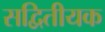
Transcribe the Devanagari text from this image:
सद्वितीयक